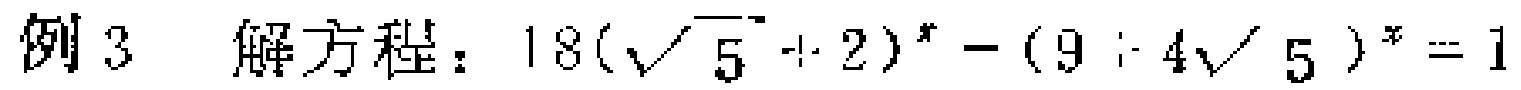
例3 解方程：\(18(\sqrt{5} + 2)^{x}-(9 + 4\sqrt{5})^{x}=1\)